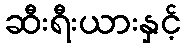
ဆီးရီးယားနှင့်